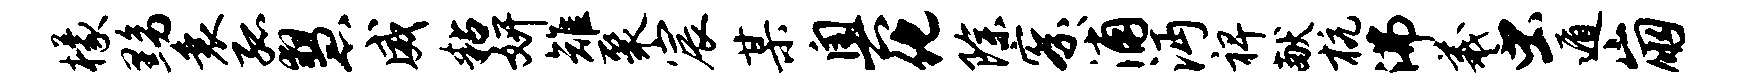
檬黝衰孤慧威粘妍雉聚宸某奥化除察浦沔裨献杭沸羲虫遁崩